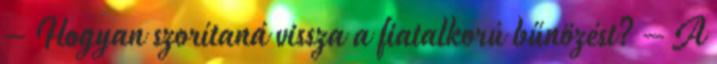
– Hogyan szorítaná vissza a fiatalkorú bűnözést? – A